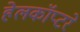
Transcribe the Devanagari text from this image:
हेलकॉप्टरे